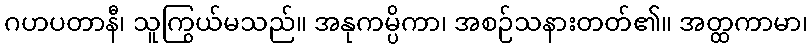
ဂဟပတာနီ၊ သူကြွယ်မသည်။ အနုကမ္ပိကာ၊ အစဉ်သနားတတ်၏။ အတ္ထကာမာ၊